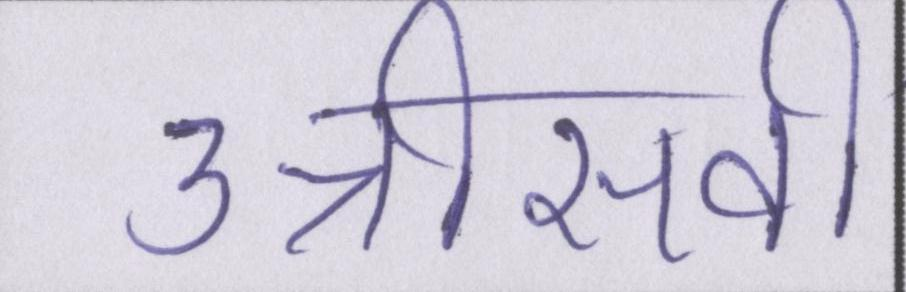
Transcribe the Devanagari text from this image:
उन्नीसवीं